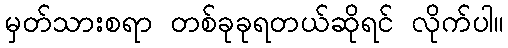
မှတ်သားစရာ တစ်ခုခုရတယ်ဆိုရင် လိုက်ပါ။